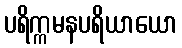
ပရိက္ကမနပရိယာယော